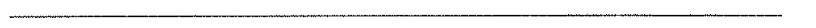
___